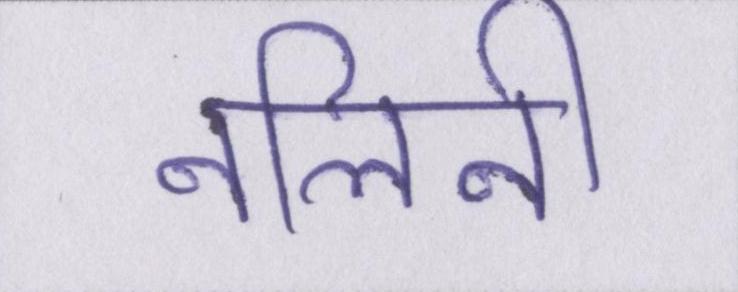
नलिनी